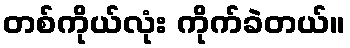
တစ်ကိုယ်လုံး ကိုက်ခဲတယ်။